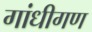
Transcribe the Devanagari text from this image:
गांधीगण